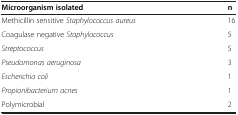
<table><thead><tr><td><b>Microorganism isolated</b></td><td><b>n</b></td></tr></thead><tbody><tr><td>Methicillin sensitive <i>Staphylococcus aureus</i></td><td>16</td></tr><tr><td>Coagulase negative <i>Staphylococcus</i></td><td>5</td></tr><tr><td><i>Streptococcus</i></td><td>5</td></tr><tr><td><i>Pseudomonas aeruginosa</i></td><td>3</td></tr><tr><td><i>Escherichia coli</i></td><td>1</td></tr><tr><td><i>Propionibacterium acnes</i></td><td>1</td></tr><tr><td>Polymicrobial</td><td>2</td></tr></tbody></table>